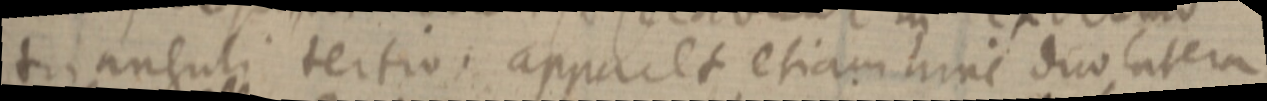
trianguli tertio, appacet etiam hinc duo latera